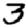
Digit: 3